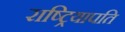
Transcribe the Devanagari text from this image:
राष्ट्रियापति